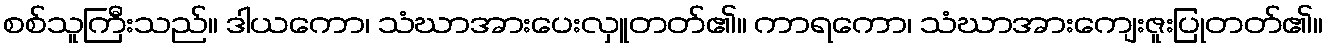
စစ်သူကြီးသည်။ ဒါယကော၊ သံဃာအားပေးလှူတတ်၏။ ကာရကော၊ သံဃာအားကျေးဇူးပြုတတ်၏။